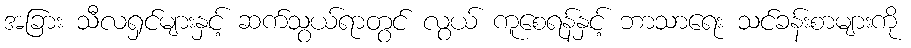
အခြား သီလရှင်များနှင့် ဆက်သွယ်ရာတွင် လွယ် ကူစေရန်နှင့် ဘာသာရေး သင်ခန်းစာများကို